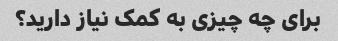
برای چه چیزی به کمک نیاز دارید؟